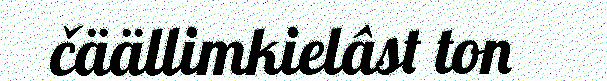
čäällimkielâst ton